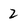
Character: 2